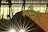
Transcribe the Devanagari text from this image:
कौमीं